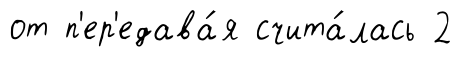
от п'ер'едава́я счита́лась 2